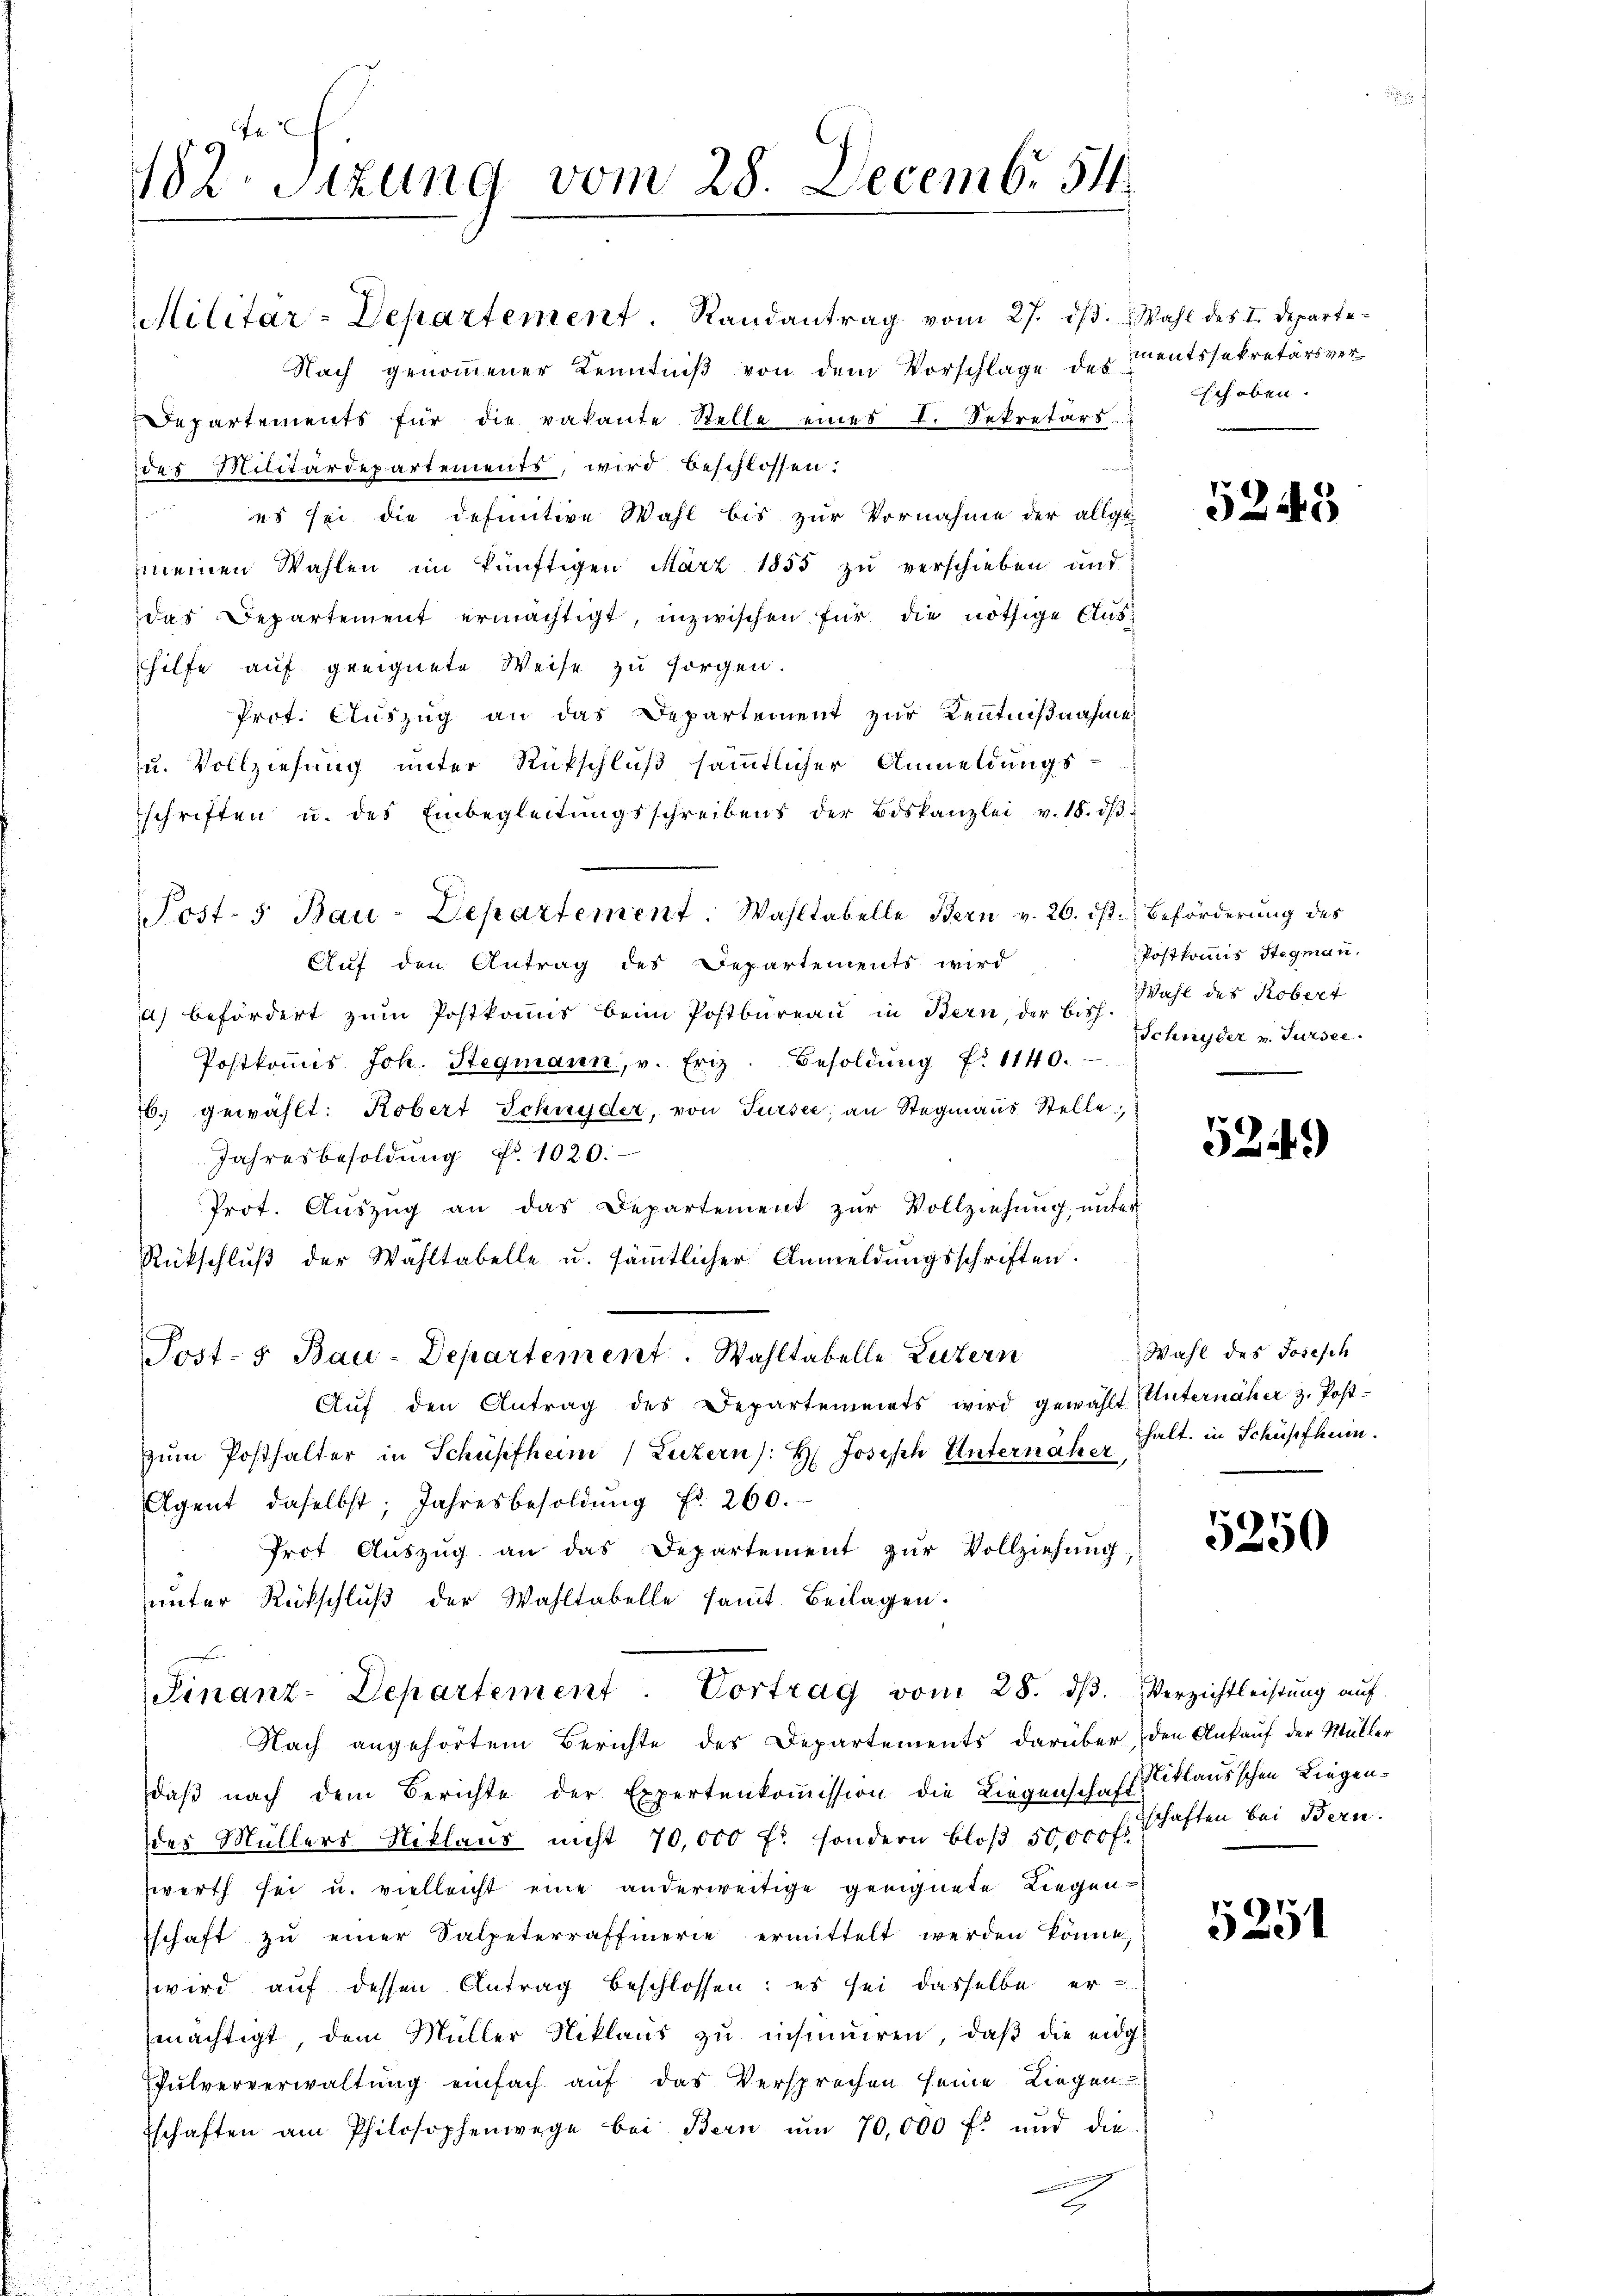
182. Sitzung vom 28. Decembr 51

Militar-Departement. Randantrag vom 27. ds. Wahl des I. Departe¬
Nach genommener Kenntniß von dem Vorschlage des Rentssekretärs ver¬
Departements für die vakante Stelle eines I. Sekretärs.
des Militärdepartements, wird beschlossen:
 es sei die definitive Wahl bis zur Vornahme der allge
meinen Wahlen im künftigen März 1855 zu verschieben und
das Departement ermächtigt, inzwischen für die nöthige Clushilfe auf geeignete Weise zu sorgen.
Prot. Auszug an das Departement zur Kenntnißnahme
u. Vollziehung unter Rückschluß sämmtlicher Anmeldungs
schriften u. des Einbegleitŭngsschreibens der Biskanzlei v. 18. dβ
Post-5 Bau-Departement. Wahltabelle Bern v. 26. ds. Beförderung des
Auf den Antrag des Departements wird
a) befördert zum Postkommis beim Postbureau in Bern, der Bisch. Wahl des Robert
Postkommis Joh. Stegmann, v. Friz Besoldŭng f. 1140.
6) gewählt: Robert Schnyder, von Sursee, an Stegmaus Stelle,
Jahresbesoldung Nr. 1020.
Prot. Aŭszŭg an das Departement zŭr Vollziehŭng ŭnter
Rückschlŭβ der Wahltabelle u. sämtlicher Anmeldŭngsschriften.
Post- & Bau-Departement. Wahltabelle Luzern
Aŭf den Antrag des Departements wird gewählt (Unternäher z. Post-
zŭm Posthalter in Schüpfheim) Luzern): H: Joseph Unternäher
Agent daselbst, Jahresbesoldŭng fr. 260.
Prof. Aŭszŭg an das Departement zŭr Vollziehung;
ŭnter Rückschlŭβ der Wahltabelle samt Beilagen.

Finanz-Departement. Vortrag vom 28. dβ. Verzichtleistŭng aŭf

Nach angehörtem Berichte des Departements darüber den Ankauf der Müller
daß nach dem Berichte der Expertenkoṁission die Liegenschaftsklausschen Liegendes Müllers Niklaus nicht 70,000 f: sondern bloß 50,000 fr. schaften bei Bern.
zwerth sei u. vielleicht eine anderweitige geeignete Liegen¬
Eschaft zŭ einer Salpeterraffierie ermittelt werden könnte,
wird auf dessen Antrag beschlossen: es sei dasselbe er
mächtigt, dem Müller Niklaŭs zŭ insumiren, daβ die eidg
Pulververwaltung einfach auf das Versprechen seine Liegen
Eschaften am Philosophenwege bei Bern ŭm 70,000 f. und die-

gehoben.

5245

Postkommis Stegmann,
Schnyder v. Sursee.

524)

Wahl des Josesch
halt in Schüssfhuin.

5250

5251